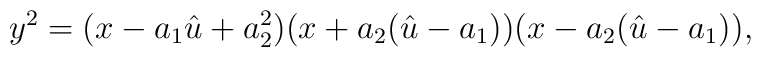
y^2= (x - a_1 \hat{u} + a_{2}^2)(x  + a_2 (\hat{u} - a_1))(x - a_2 (\hat{u} - a_1)),